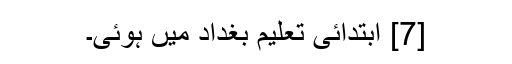
[7] ابتدائی تعلیم بغداد میں ہوئی۔